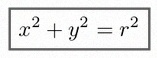
x^2+y^2=r^2